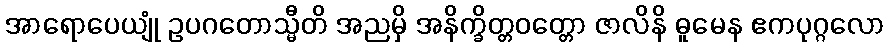
အာရောပေယျုံ ဥပဂတောသ္မီတိ အညမှိ အနိက္ခိတ္တဝတ္တော ဇာလိနိ ဓူမေန ဧကပုဂ္ဂလော